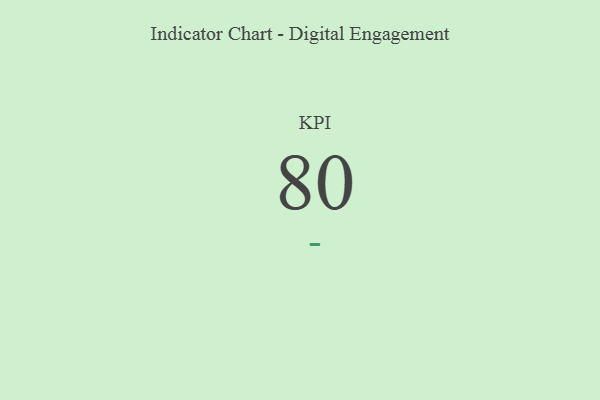
{"axis": {"x": "KPI", "y": "Value"}, "legend": [""], "data": [{"x": "KPI", "y": 80, "type": ""}]}